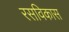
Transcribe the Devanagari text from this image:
रसविकास